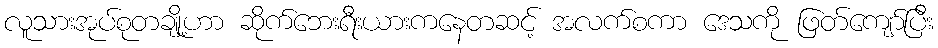
လူသားအုပ်စုတချို့ဟာ ဆိုက်ဘေးရီးယားကနေတဆင့် အလက်စကာ ဒေသကို ဖြတ်ကျော်ပြီး